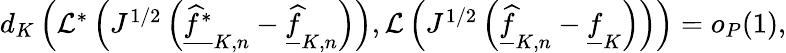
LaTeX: \begin{array}{r}{d_{K}\left(\mathcal{L}^{*}\left(J^{1/2}\left(\underline{{\widehat f^{*}}}_{K,n}-\underline{{\widehat f}}_{K,n}\right)\right),\mathcal{L}\left(J^{1/2}\left(\underline{{\widehat f}}_{K,n}-\underline{{f}}_{K}\right)\right)\right)=o_{P}(1),}\end{array}